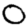
Digit: 0